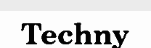
Techny